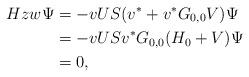
LaTeX: \begin{align*}Hzw\Psi&=-vUS (v^*+v^{\ast}G_{0,0}V)\Psi\\&=-vUS v^*G_{0,0}(H_0+V)\Psi\\&=0,\end{align*}